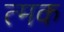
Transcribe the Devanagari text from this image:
त्मक